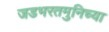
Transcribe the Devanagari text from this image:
जडभरतमुनिच्या